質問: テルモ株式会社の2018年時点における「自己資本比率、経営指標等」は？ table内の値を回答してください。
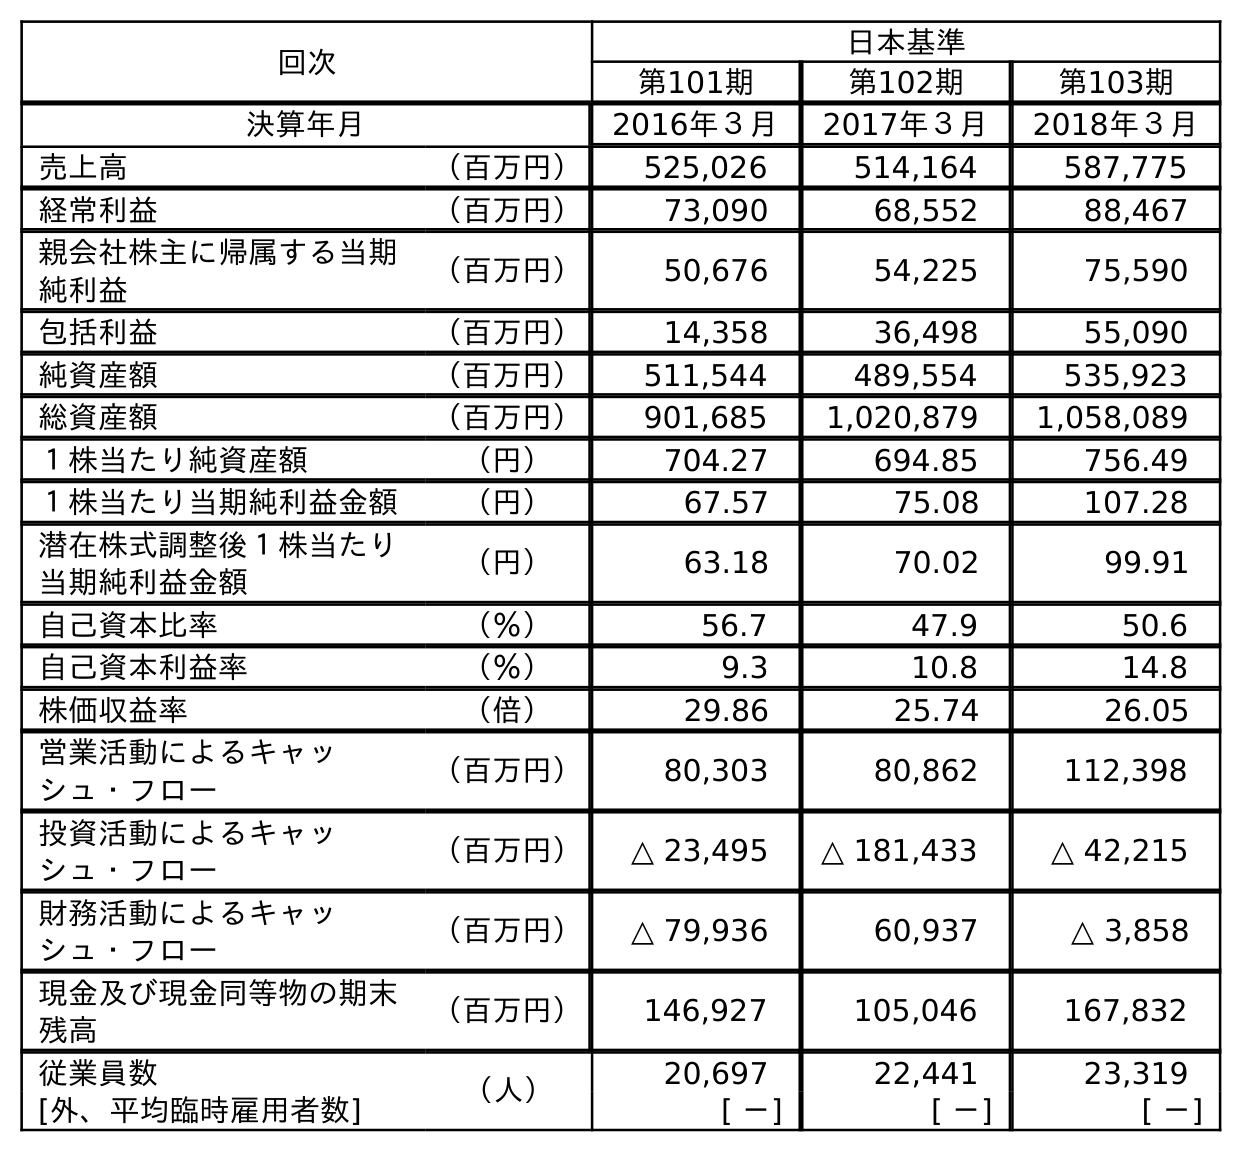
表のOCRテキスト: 回次 日本基準 第101期 第102期 第103期 決算年月 2016年３月 2017年３月 2018年３月 売上高 （百万円） 525,026 514,164 587,775 経常利益 （百万円） 73,090 68,552 88,467 親会社株主に帰属する当期 純利益 （百万円） 50,676 54,225 75,590 包括利益 （百万円） 14,358 36,498 55,090 純資産額 （百万円） 511,544 489,554 535,923 総資産額 （百万円） 901,685 1,020,879 1,058,089 １株当たり純資産額 （円） 704.27 694.85 756.49 １株当たり当期純利益金額 （円） 67.57 75.08 107.28 潜在株式調整後１株当たり 当期純利益金額 （円） 63.18 70.02 99.91 自己資本比率 （％） 56.7 47.9 50.6 自己資本利益率 （％） 9.3 10.8 14.8 株価収益率 （倍） 29.86 25.74 26.05 営業活動によるキャッ シュ・フロー （百万円） 80,303 80,862 112,398 投資活動によるキャッ シュ・フロー （百万円） △ 23,495 △ 181,433 △ 42,215 財務活動によるキャッ シュ・フロー （百万円） △ 79,936 60,937 △ 3,858 現金及び現金同等物の期末 残高 （百万円） 146,927 105,046 167,832 従業員数 （人） 20,697 22,441 23,319 [外、平均臨時雇用者数] [ －] [ －] [ －]
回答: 50.6